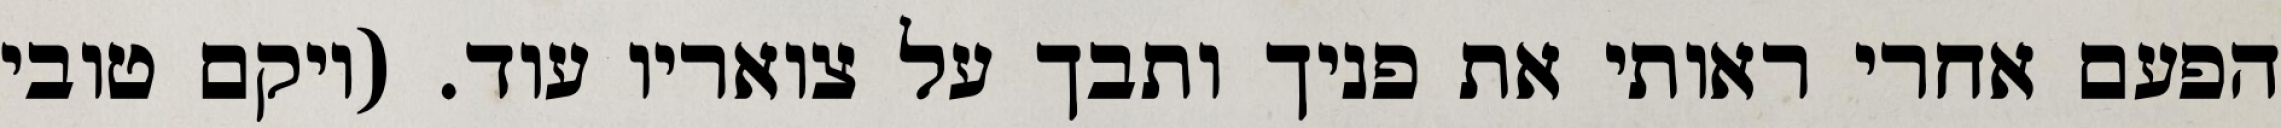
הפעם אחרי ראותי את פניך ותבך על צואריו עוד. (ויקם טובי